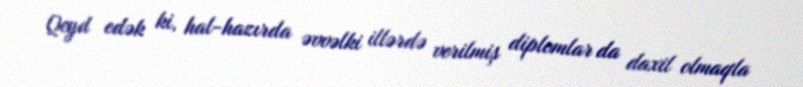
Qeyd edək ki, hal-hazırda əvvəlki illərdə verilmiş diplomlar da daxil olmaqla